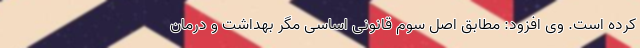
کرده است. وی افزود: مطابق اصل سوم قانونی اساسی مگر بهداشت و درمان